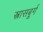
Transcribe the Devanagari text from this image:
स्त्रासबूर्ग